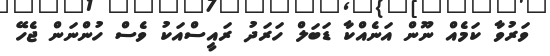
ވަރުވާ ކަމެއް ނޫން އަނެއްކާ ޑަބަލް ހަރަދު ރައީސްއަކު ވެސް ހުންނަން ޖެހޭ